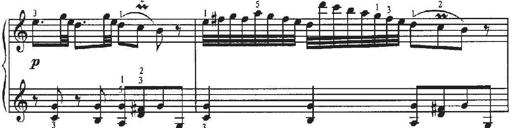
Title: Sonatina No.4 in C major
Composer: Georg Benda
Key: C major